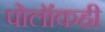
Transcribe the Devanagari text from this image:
पोलॉकही